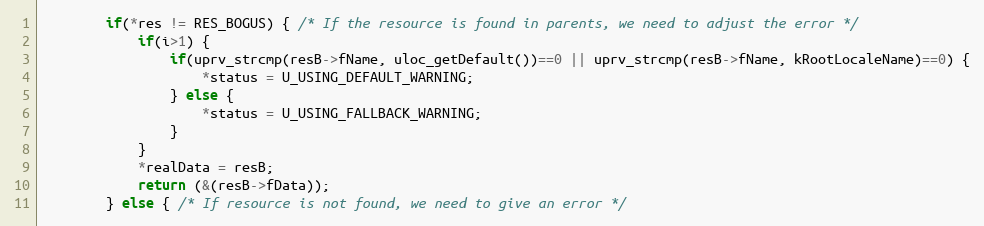
Language: C++
        if(*res != RES_BOGUS) { /* If the resource is found in parents, we need to adjust the error */
            if(i>1) {
                if(uprv_strcmp(resB->fName, uloc_getDefault())==0 || uprv_strcmp(resB->fName, kRootLocaleName)==0) {
                    *status = U_USING_DEFAULT_WARNING;
                } else {
                    *status = U_USING_FALLBACK_WARNING;
                }
            }
            *realData = resB;
            return (&(resB->fData));
        } else { /* If resource is not found, we need to give an error */